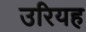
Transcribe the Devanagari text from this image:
उरियह